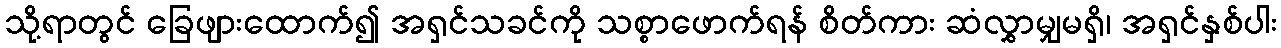
သို့ရာတွင် ခြေဖျားထောက်၍ အရှင်သခင်ကို သစ္စာဖောက်ရန် စိတ်ကား ဆံလွှာမျှမရှိ၊ အရှင်နှစ်ပါး